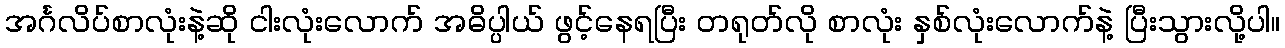
အင်္ဂလိပ်စာလုံးနဲ့ဆို ငါးလုံးလောက် အဓိပ္ပါယ် ဖွင့်နေရပြီး တရုတ်လို စာလုံး နှစ်လုံးလောက်နဲ့ ပြီးသွားလို့ပါ။